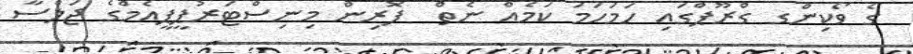
ގެ ވޯކިންގ ގްރޫޕްގައި ހަމަހަމަ ކަމެއް ނެތް  ފޮރިން މިނިސްޓަރުޕީޕީއެމްގެ ޖަލްސާ